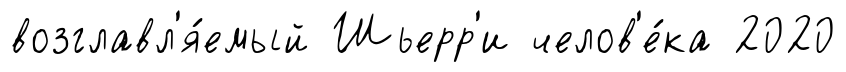
возглавл'я́емый Шьерр'и челов'е́ка 2020